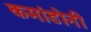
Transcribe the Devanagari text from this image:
कमांडोनी